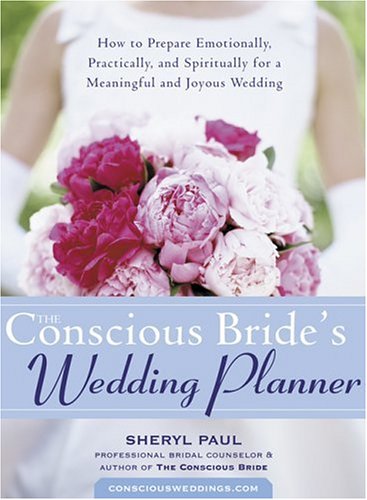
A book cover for Conscious Bride's Wedding Planner; Sheryl Paul; Crafts, Hobbies & Home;